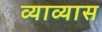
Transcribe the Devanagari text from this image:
व्याव्यास